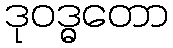
ဒုဝဒ္ဓတော